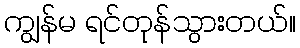
ကျွန်မ ရင်တုန်သွားတယ်။